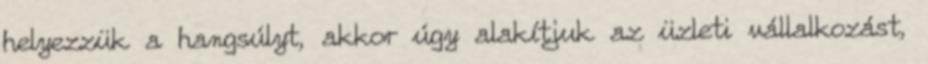
helyezzük a hangsúlyt, akkor úgy alakítjuk az üzleti vállalkozást,